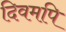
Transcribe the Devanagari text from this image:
दिवमपि